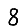
Digit: 8